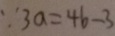
\because 3 a = 4 b - 3